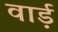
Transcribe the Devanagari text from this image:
वार्ड़